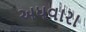
અધવારા